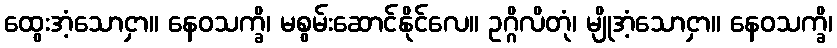
ထွေးအံ့သောငှာ။ နေဝသက္ခိ၊ မစွမ်းဆောင်နိုင်လေ။ ဥဂ္ဂိလိတုံ၊ မျိုအံ့သောငှာ။ နေဝသက္ခိ၊